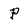
Character: p